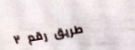
طريق رقم ٢